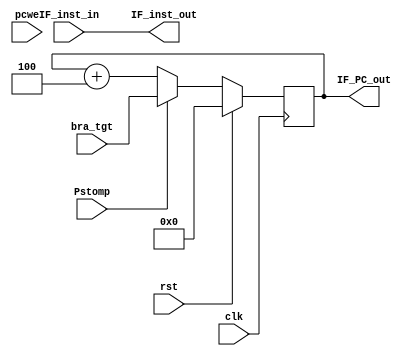
//`include "MIPS1000_defines.v"
module PPS_Fetch
(
  clk,
  rst,
  Pstomp,
  bra_tgt,
  
  // PC write enable
  pcwe,

  // Memory Interface
  IF_inst_in,
  IF_PC_out,
  IF_inst_out
);

input clk;
input rst;
input Pstomp;
input [31:0] bra_tgt;
input pcwe;

// Host Path
//output [31:0] HS_PC;

// Instruction 
output [31:0] IF_inst_out;

// Memory Interface
input [31:0] IF_inst_in;

// PC output
output [31:0] IF_PC_out;

// Output of PC plus 4 adder
wire [31:0] PC_plus4;

// PC register input
wire [31:0] PC_sel;

// PC register write enable
//wire IF_PCWrite;

// PC register
reg [31:0] PC;

// A simple dedicated adder
assign PC_plus4 = PC + 32'd4;

// 
//assign IF_PCWrite = ~pcwe;

// PC select
assign PC_sel = Pstomp ? bra_tgt : PC_plus4;

// PC output
assign IF_PC_out = PC;

// 
assign IF_inst_out = IF_inst_in;

always @ (posedge clk)
begin
  if (rst)
    PC <= 32'h0;
  else //if (IF_PCWrite)
    PC <= PC_sel;
end

endmodule